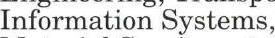
Information Systems,